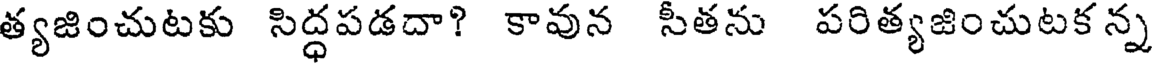
త్యజించుటకు సిద్ధపడదా? కావున సీతను పరిత్యజించుటక న్న